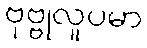
ဗုဗ္ဗုလူပမာ